Sketch of the medical history of the native army of Bombay, for the year
Year: 1876
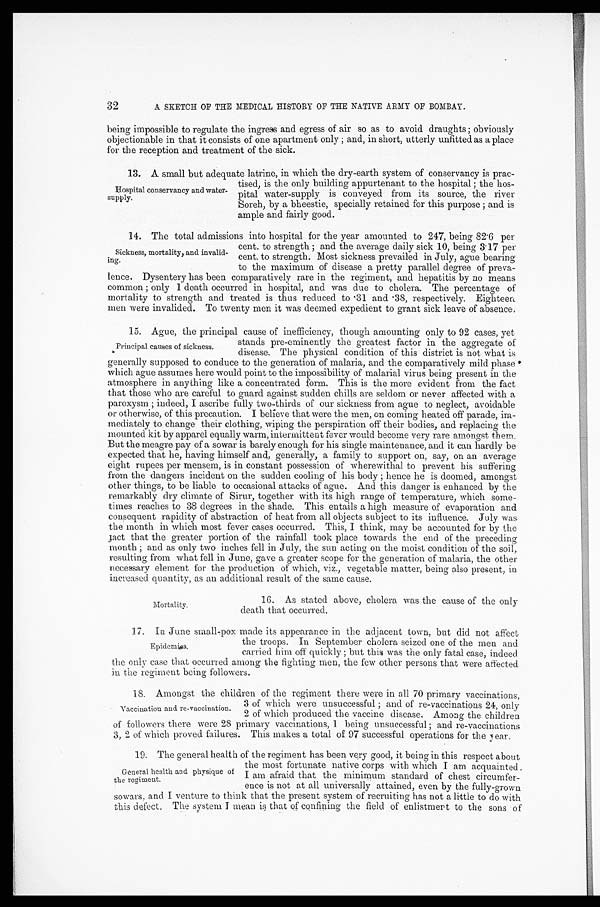
32
A SKETCH OF THE MEDICAL HISTORY OF THE NATIVE ARMY OF BOMBAY.
being impossible to regulate the ingress and egress of air so as to avoid draughts; obviously
objectionable in that it consists of one apartment only; and, in short, utterly unfitted as a place
for the reception and treatment of the sick.
13. A small but adequate latrine, in which the dry-earth system of conservancy is prac
-
tised, is the only building appurtenant to the hospital; the hos
-
pital water-supply is conveyed from its source, the river
Soreh, by a bheestie, specially retained for this purpose; and is
ample and fairly good.
14. The total admissions into hospital for the year amounted to 247, being 82.6 per
cent. to strength; and the average daily sick 10, being 3.17 per
cent. to strength. Most sickness prevailed in July, ague bearing
to the maximum of disease a pretty parallel degree of preva
-
lence. Dysentery has been comparatively rare in the regiment, and hepatitis by no means
common; only 1 death occurred in hospital, and was due to cholera. The percentage of
mortality to strength and treated is thus reduced to .31 and .38, respectively. Eighteen
men were invalided. To twenty men it was deemed expedient to grant sick leave of absence,
15. Ague, the principal cause of inefficiency, though amounting only to 92 cases, yet
stands pre-eminently the greatest factor in the aggregate of
disease. The physical condition of this district is not what is
generally supposed to conduce to the generation of malaria, and the comparatively mild phase
which ague assumes here would point to the impossibility of malarial virus being present in the
atmosphere in anything like a concentrated form. This is the more evident from the fact
that those who are careful to guard against sudden chills are seldom or never affected with a
paroxysm; indeed, I ascribe fully two-thirds of our sickness from ague to neglect, avoidable
or otherwise, of this precaution. I believe that were the men, on coming heated off parade, im
-
mediately to change their clothing, wiping the perspiration off their bodies, and replacing the
mounted kit by apparel equally warm, intermittent fever would become very rare amongst them.
But the meagre pay of a sowar is barely enough for his single maintenance, and it can hardly be
expected that he, having himself and, generally, a family to support on, say, on an average
eight rupees per mensem, is in constant possession of wherewithal to prevent his suffering
from the dangers incident on the sudden cooling of his body; hence he is doomed, amongst
other things, to be liable to occasional attacks of ague. And this danger is enhanced by the
remarkably dry climate of Sirur, together with its high range of temperature, which some
-
times reaches to 38 degrees in the shade. This entails a high measure of evaporation and
consequent rapidity of abstraction of heat from all objects subject to its influence. July was
the month in which most fever cases occurred. This, I think, may be accounted for by the
fact that the greater portion of the rainfall took place towards the end of the preceding
month; and as only two inches fell in July, the sun acting on the moist condition of the soil,
resulting from what fell in June, gave a greater scope for the generation of malaria, the other
necessary element for the production of which, viz., vegetable matter, being also present, in
increased quantity, as an additional result of the same cause.
Hospital conservancy and water
-
supply.
Sickness, mortality, and invalid-ing.
Principal causes of sickness.
Mortality.
16. As stated above, cholera was the cause of the only
death that occurred.
17. In June small-pox made its appearance in the adjacent town, but did not affect
the troops. In September cholera seized one of the men and
carried him off quickly; but this was the only fatal case, indeed
the only case that occurred among the fighting men, the few other persons that were affected
in the regiment being followers.
18. Amongst the children of the regiment there were in all 70 primary vaccinations,
3 of which were unsuccessful; and of re-vaccinations 24, only
2 of which produced the vaccine disease. Among the children
of followers there were 28 primary vaccinations, 1 being unsuccessful; and re-vaccinations
3, 2 of which proved failures. This makes a total of 97 successful operations for the year.
19. The general health of the regiment has been very good, it being in this respect about
the most fortunate native corps with which I am acquainted.
I am afraid that the minimum standard of chest circumfer -
ence is not at all universally attained, even by the fully-grown
sowars, and I venture to think that the present system of recruiting has not a little to do with
this defect, The system I mean is that of confining the field of enlistment to the sons of
Epidemics.
Vaccination and re-vaccination.
General health and physique of
the regiment.